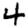
Digit: 4